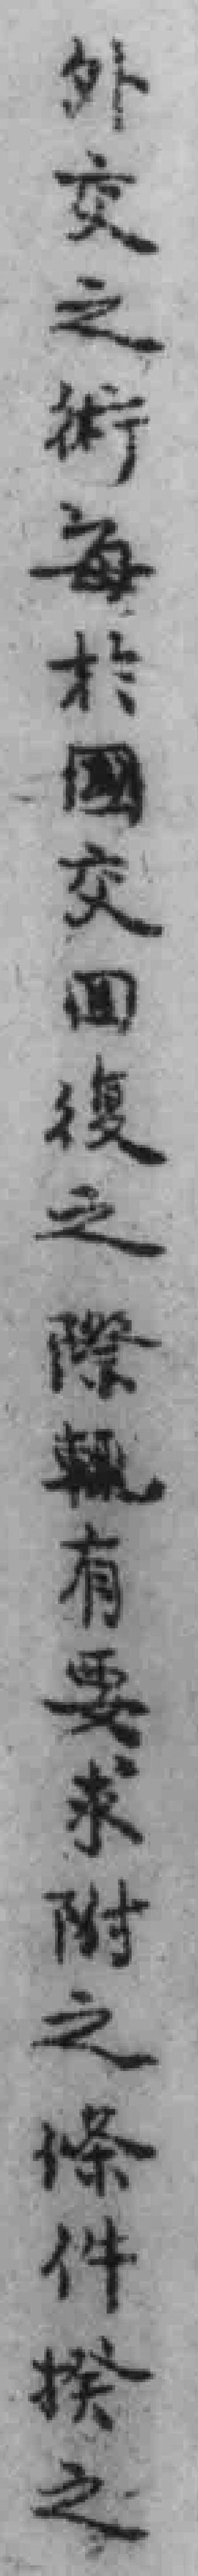
外交之術每於國交回復之際輒有要求附之條件揆之